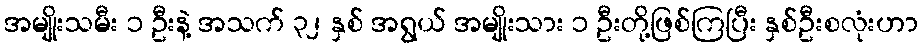
အမျိုးသမီး ၁ ဦးနဲ့ အသက် ၃၂ နှစ် အရွယ် အမျိုးသား ၁ ဦးတို့ဖြစ်ကြပြီး နှစ်ဦးစလုံးဟာ